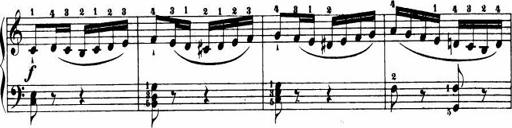
Title: Le bouquetier
Composer: Anton Diabelli
Key: G major
 C major
 F major
 C major